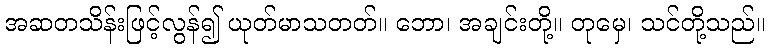
အဆတသိန်းဖြင့်လွန်၍ ယုတ်မာသတတ်။ ဘော၊ အချင်းတို့။ တုမှေ၊ သင်တို့သည်။